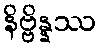
နိဗ္ဗိန္နဿ